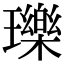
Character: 瓅